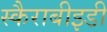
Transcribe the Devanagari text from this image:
स्कैराबीइडी